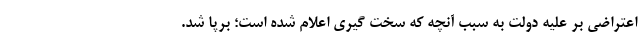
اعتراضی بر علیه دولت به سبب آنچه که سخت گیری اعلام شده است؛ برپا شد.